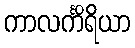
ကာလင်္ကိရိယာ